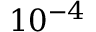
1 0 ^ { - 4 }